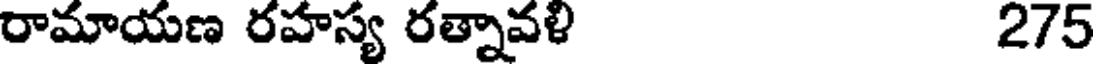
రామాయణ రహస్య రత్నావళి 275